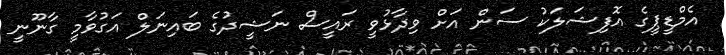
އެމްޑީޕީގެ އޮފިޝަލަކު ސަން އަށް ވިދާޅުވީ ރައީސް ނަޝީދުގެ ބައިނަލް އަގުވާމީ ގާނޫނީ